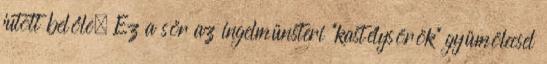
jutott belőle. Ez a sör az ingelmünsteri ”kastélysörök” gyümölccsel